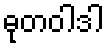
ဓုတဝါဒါ